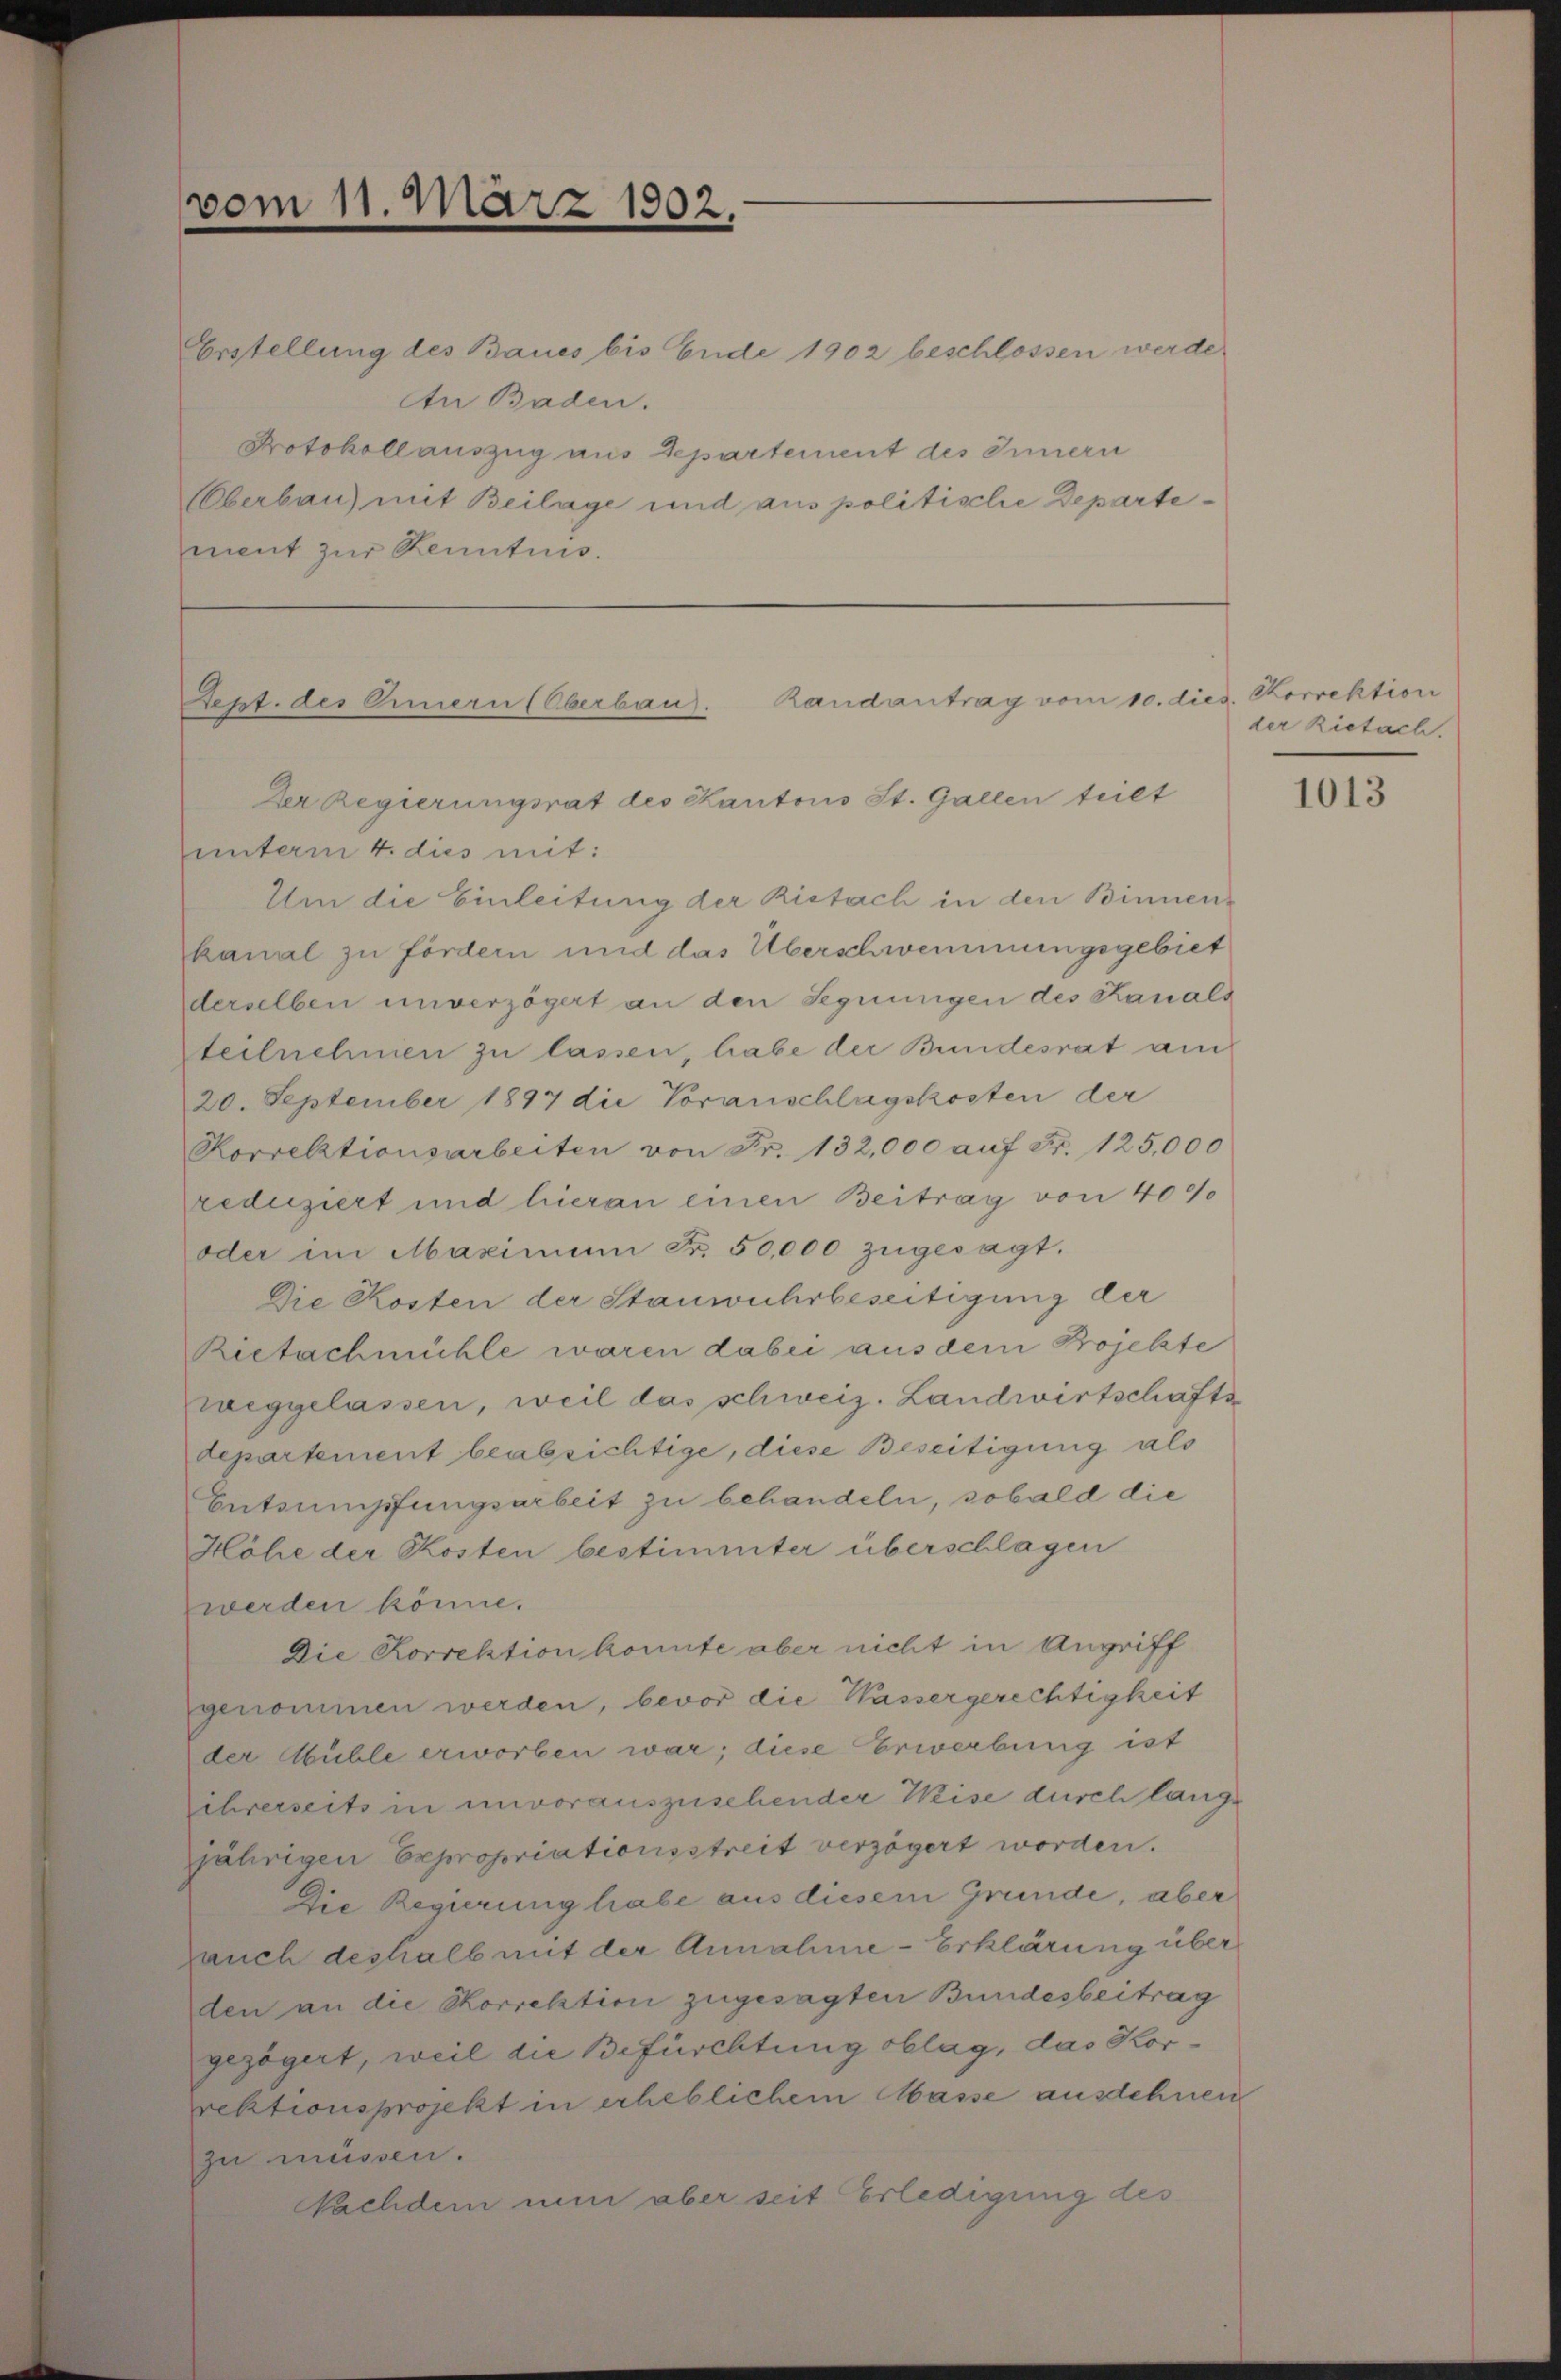
vom 11. März 1902.

Erstellung des Baues bis Ende 1902 beschlossen werde.
An Baden.
Protokollauszug aus Departement des Innern
Überbau) mit Beilage und aus politische Departement zur Kenntnis.

unterm 4. dies mit:
Um die Einleitung der Ristach in den Binnen-
kanal zu fördern und das Überschwemmungsgebiet
derselben unverzögert an den Segnungen des Kanals
teilnehmen zu lassen, habe der Bundesrat am
20. September 1897 die Voranschlagskosten der
Korrektionsarbeiten von Fr. 132,000 auf Fr. 125,000
reduziert und hieran einen Beitrag von 40%
oder im Maximum Fr. 50,000 zŭgesagt.
Die Kosten der Stanwuhrbeseitigung der
Rietachmühle waren dabei aus dem Projekte
weggelassen, weil das schweiz. Landwirtschafts
departement beabsichtige, diese Beseitigung als
Entsumpfungsarbeit zu behandeln, sobald die
Höhe der Kosten bestimmter überschlagen
werden könne.
Die Korrektion konnte aber nicht in Angriff
genommen werden, bevor die Wassergerechtigkeit
der Abüble erworben war; diese Erwerbung ist
ihrerseits in unvorauszusehender Weise durch lange
jährigen Expropriationsstreit verzögert worden.
Die Regierung habe aus diesem Grunde, aber
Jauch deshalb mit der Annahme-Erklärung über
den an die Skorrektion zugesagten Bundesbeitrag
gezögert, weil die Befürchtung oblag, das Korrektionsprojekt in erheblichem Masse ausdehnen
zu müssen.
Nachdem nun aber seit Erledigung des

Sept. des Omern (Oberbaus. Randantrag vom 10. d.
Der Regierungsrat des Kantons St. Gallen teilt

ed. Correktion
der ziefach.

1013